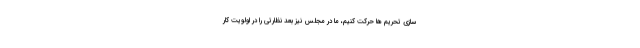
سازی تحریم ها حرکت کنیم، ما در مجلس نیز بُعد نظارتی را در اولویت کار